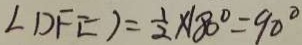
\angle D F E ) = \frac { 1 } { 2 } \times 1 8 0 ^ { \circ } = 9 0 ^ { \circ }